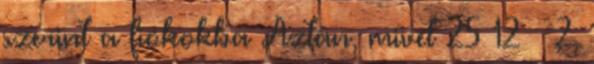
szerint a fiókokba Aztán, mivel 25 12 · 2,